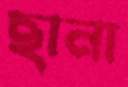
ছানা